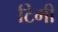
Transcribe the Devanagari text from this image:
टिमी